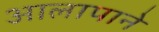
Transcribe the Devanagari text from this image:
आलापाने